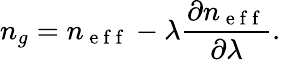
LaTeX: n_{g}=n_{\mathrm{~e~f~f~}}-\lambda\frac{\partial n_{\mathrm{~e~f~f~}}}{\partial\lambda}.